Report on sanitation, dispensaries, and jails in Rajputana for 1915, and on vaccination for the year 1915-1916 - 1915-1916
Year: 1915
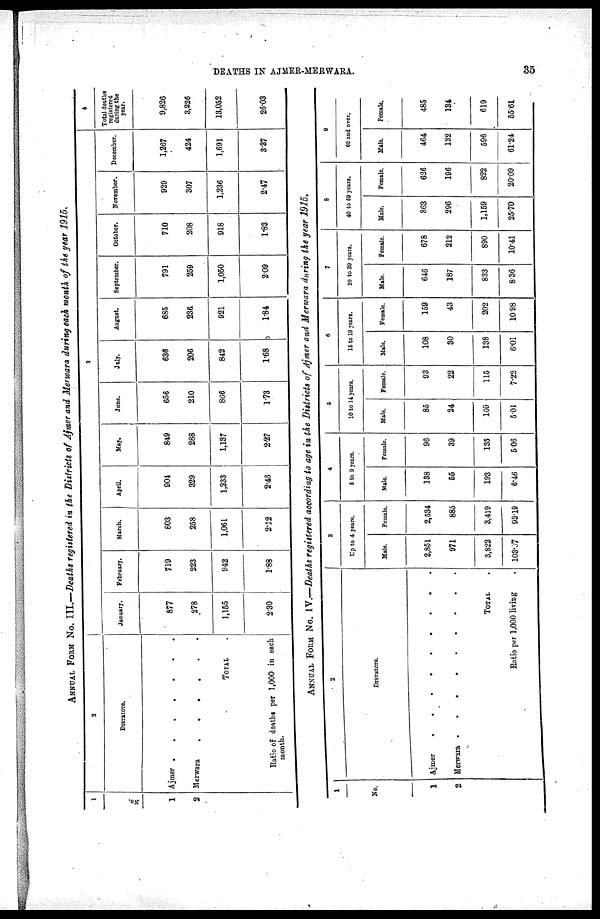
DEATHS IN AJMER-MERWARA.
35
ANNUAL FORM No. III.—Deaths registered in the Districts of Ajmer and Merwara during each month of the year 1915.
1
No.
1
2
2
DISTRICTS.
Ajmer .
.
.
.
.
.
.
Merwara
.
.
.
.
.
.
TOTAL .
Ratio of deaths per 1,000 in each
month.
3
January.
877
278
1,155
230
February.
719
223
942
1.88
March.
803
258
1,061
2.12
April.
901
329
1,233
2.46
May.
849
288
1,137
2.27
June.
656
210
866
1.73
July.
636
206
842
1.68
August.
685
236
921
1.84
September.
791
259
1,050
2.09
October.
710
208
918
1.83
November.
929
307
1,236
2.47
December.
1,267
424
1,691
3.37
4
Total deaths
registered
during the
year.
9,826
3,226
13,052
26.03
ANNUAL FORM No. IV.—Deaths registered according to age in the Districts of Ajmer and Merwara during the year 1915.
1
No.
1
2
2
DISTRICTS.
Ajmer
.
.
.
.
.
.
.
.
.
Merwara . . . . . . . . .
TOTAL .
Ratio per 1,000 living .
3
Up to 4 years.
Male.
2,851
971
3,822
103.07
Female.
2,534
885
3,419
93.19
4
5 to 9 years.
Male.
138
55
193
6.46
Female.
96
39
135
5.06
5
10 to 14 years.
Male.
85
24
109
5.01
Female.
93
22
115
7.22
6
15 to 19 years.
Male.
108
30
138
6.01
Female.
159
43
202
10.98
7
20 to 39 years.
Male.
646
187
833
8.36
Female.
678
212
890
10.41
8
40 to 59 years.
Male.
863
296
1,159
25.70
Female.
626
196
822
20.09
9
60 and over.
Male.
464
132
596
61.24
Female.
485
134
619
55.61